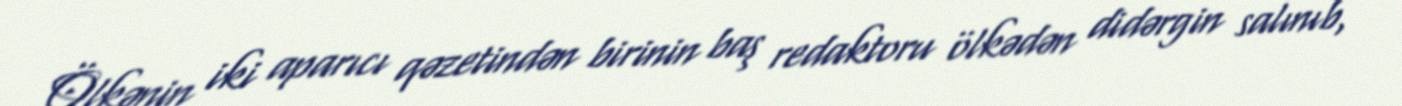
Ölkənin iki aparıcı qəzetindən birinin baş redaktoru ölkədən didərgin salınıb,